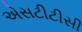
એસટીટીસી